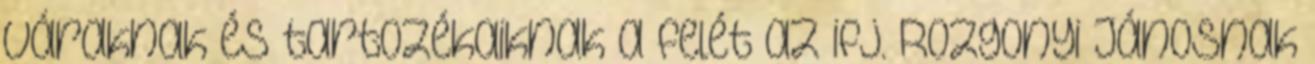
váraknak és tartozékaiknak a felét az ifj. Rozgonyi Jánosnak